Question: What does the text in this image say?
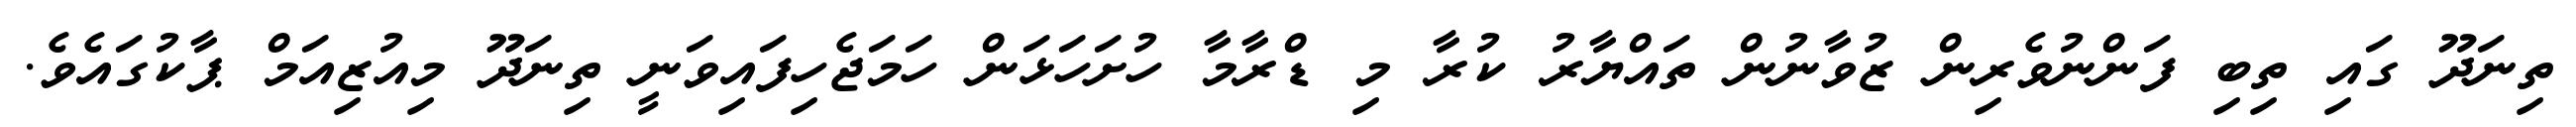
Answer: ތިނަދޫ ގައި ތިބި ފަންނުވެރިން ޒުވާނުން ތައްޔާރު ކުރާ މި ޑްރާމާ ހުށަހަޅަން ހަމަޖެހިފައިވަނީ ތިނަދޫ މިއުޒިއަމް ޕާކުގައެވެ.